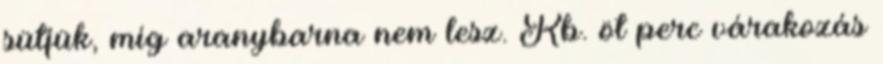
sütjük, míg aranybarna nem lesz. Kb. öt perc várakozás